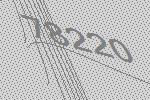
78220